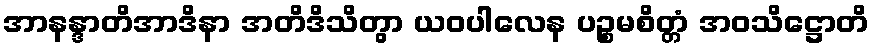
အာနန္ဒာတိအာဒိနာ အတိဒိသိတွာ ယဝပါလေန ပဉ္စမစိတ္တံ အဝသိဋ္ဌောတိ